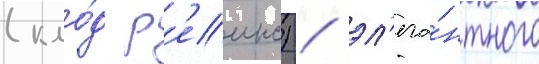
(кло́д р'еинс) / эл'ега́нтного